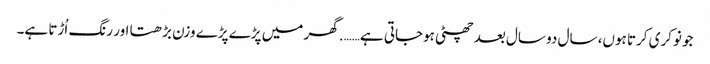
جو نوکری کرتا ہوں، سال دو سال بعد چھٹی ہوجاتی ہے……. گھر میں پڑے پڑے وزن بڑھتا اور رنگ اُڑتا ہے۔